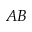
A B